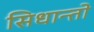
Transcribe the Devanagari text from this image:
सिधान्तो